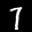
Label: 7